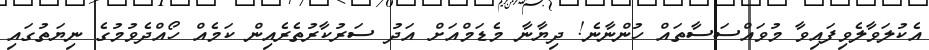
އެކުލަވާލެވިފައިވާ މުވައްސަސާތައް ހުންނާނެ! ދިޔާނާ މެޑަމްއަށް އަދު ސަރުކާރުތެރެއިން ކަމެއް ހޯއްދެވުމުގެ ނިޔަތުގައި